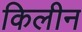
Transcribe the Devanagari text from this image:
किलीन